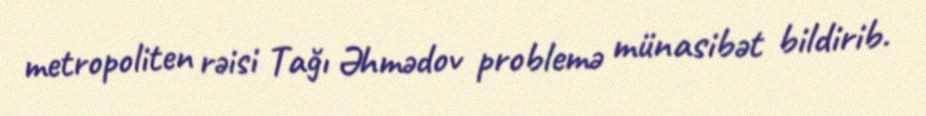
metropoliten rəisi Tağı Əhmədov problemə münasibət bildirib.